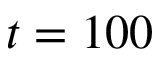
t = 1 0 0